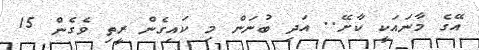
އޭގެ މާނައަކީ ކާށޭ.. އަދި ބުނަން މި ކައިގެން ރީތި ވެގެން 15